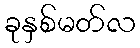
ခုနှစ်မတ်လ